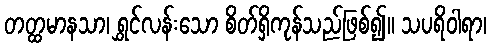
တတ္ထမာနသာ၊ ရွှင်လန်းသော စိတ်ရှိကုန်သည်ဖြစ်၍။ သပရိဝါရာ၊